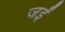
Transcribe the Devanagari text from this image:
जईं